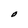
Character: O